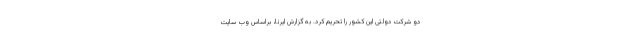
دو شرکت دولتی این کشور را تحریم کرد. به گزارش ایرنا، براساس وب سایت